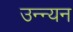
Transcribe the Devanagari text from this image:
उन्न्यन